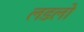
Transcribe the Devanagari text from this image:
लडलो